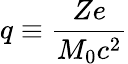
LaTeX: q\equiv\frac{Ze}{M_{0}c^{2}}